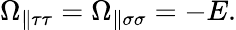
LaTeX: \Omega_{\parallel\tau\tau}=\Omega_{\parallel\sigma\sigma}=-E.